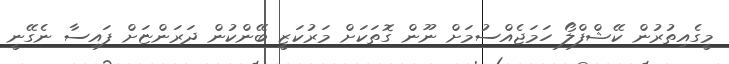
މީގެއިތުރުން ކޭޝްފްލޯ ހަމަޖެއްސުމަށް ނޫން ގޮތަކަށް މަރުކަޒީ ބޭންކުން ދަރަންޏަށް ފައިސާ ނެގޭނީ